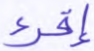
إقرء